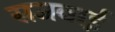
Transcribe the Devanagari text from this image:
सजवाई